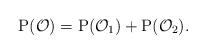
LaTeX: \begin{align*}\mathrm{P}(\mathcal{O})= \mathrm{P}(\mathcal{O}_{1})+\mathrm{P}(\mathcal{O}_{2}) .\end{align*}